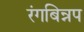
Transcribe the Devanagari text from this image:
रंगबिन्नप